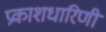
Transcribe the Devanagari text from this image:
प्रकाशधारिणी